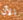
الآن